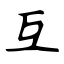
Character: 互